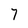
Character: 7